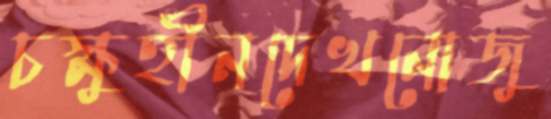
চক্ষুহীনদেখনোজু